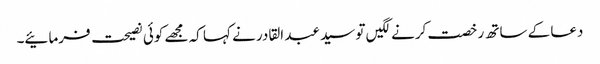
دعا کے ساتھ رخصت کرنے لگیں تو سید عبد القادر نے کہا کہ مجھے کوئی نصیحت فرمائیے۔